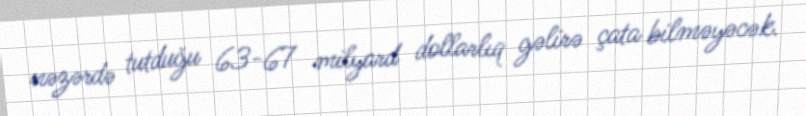
nəzərdə tutduğu 63-67 milyard dollarlıq gəlirə çata bilməyəcək.